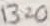
Text: 1320